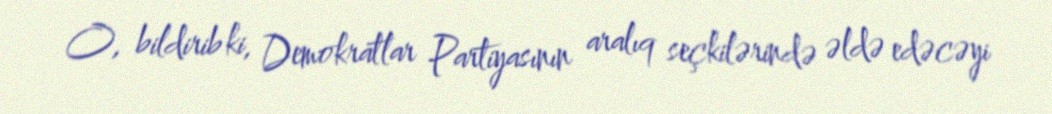
O, bildirib ki, Demokratlar Partiyasının aralıq seçkilərində əldə edəcəyi